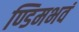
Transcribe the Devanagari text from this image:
ण्डिमभवं